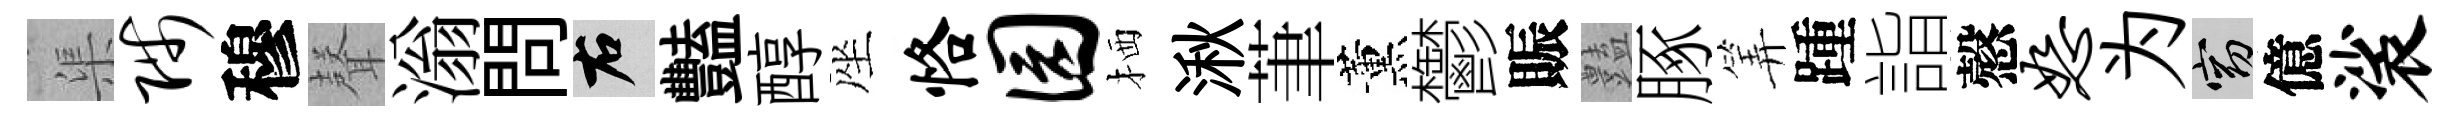
渠陟穆𮋻滃問右豔醇座恪园栖湫茟薰鬱賑𧰟䐁筭踵詣慤恕为窈億裟